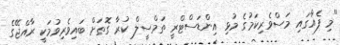
"މި ފެއާގައި މަސްވެރިކަމުގެ މުޅި އިންޑަސްޓްރީ ތަމްސީލް ކުރާ ގޮތަށް ބައިވެރިވުމަކީ ރާއްޖޭގެ